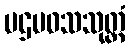
ပဌမဝသသုတ္တံ